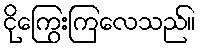
ငိုကြွေးကြလေသည်။